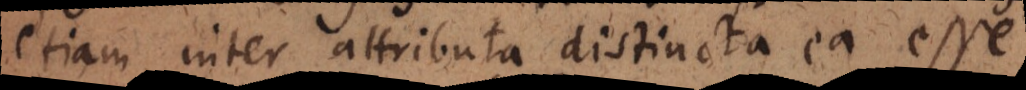
etiam inter attributa distincta ea esse